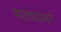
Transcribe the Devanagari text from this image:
मालकाप्रमाने